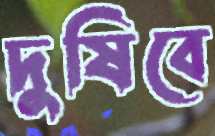
দুষিবে